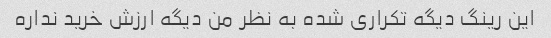
این رینگ دیگه تکراری شده به نظر من دیگه ارزش خرید نداره